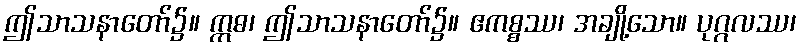
ဤသာသနာတော်၌။ ဣဓ၊ ဤသာသနာတော်၌။ ဧကစ္စဿ၊ အချို့သော။ ပုဂ္ဂလဿ၊